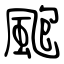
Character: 颮